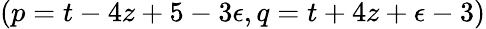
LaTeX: (p=t-4z+5-3\epsilon,q=t+4z+\epsilon-3)